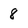
Character: 8